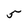
Character: 5